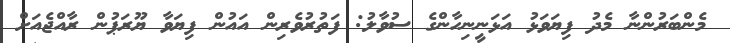
މެންބަރުންނާ މެދު ފިޔަވަޅު އަޅަނީނިހާންގެ ސުވާލު: ފަތުރުވެރިން އައުން ފިޔަވާ ޔޫރަޕުން ރާއްޖެއަށް